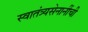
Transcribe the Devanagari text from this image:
स्वातंत्र्यसेनानींची